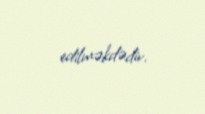
edilməkdədir.